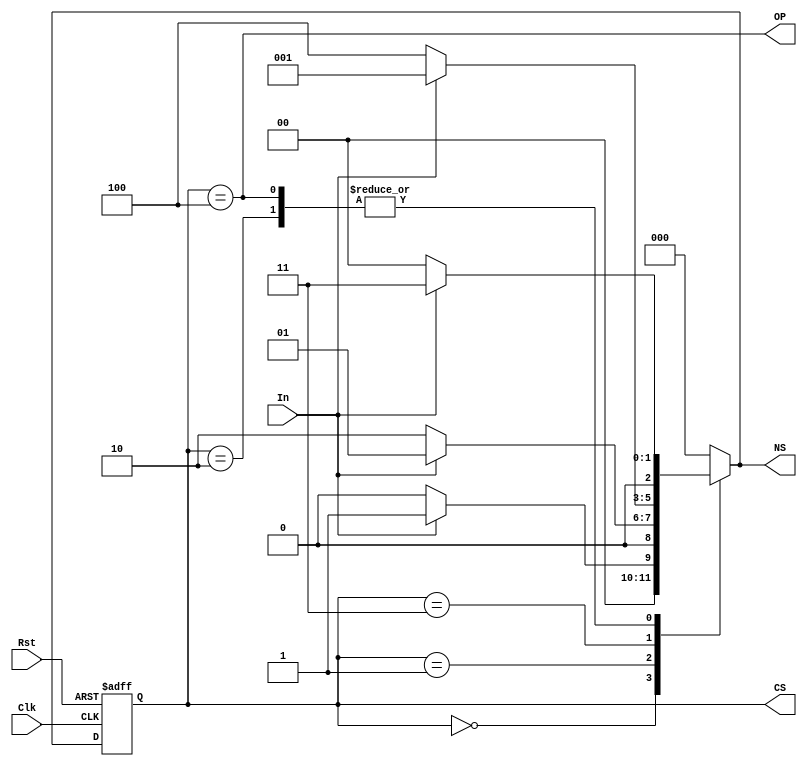
`timescale 1ns / 1ps
//////////////////////////////////////////////////////////////////////////////////

// ID           : N180116
// Branch       : ECE
// Project Name : IMPLEMENTATION OF FINITTE STATE MACHINES USING VERILOG
// Design Name  : SEQUENCE DETECTOR 1010 USING MOORE MACHINE(OVERLAPPING)
// Module Name  : moore_1010_seq_det_over
// RGUKT NUZVID 

//////////////////////////////////////////////////////////////////////////////////

module moore_1010_seq_det_over(Clk,Rst,In,OP,CS,NS);
input Clk,Rst,In; // Input signals
output OP;        // Output signal
output [2:0]CS,NS ; 


parameter s0    = 0 ,  // state registers
		  s1    = 1 , 
		  s10   = 2 ,
		  s101  = 3 ,
		  s1010 = 4 ;
		  
reg [2:0]C_State,N_State; // state declarations 

// State register 

always @(posedge Clk,negedge Rst) begin

	if(!Rst)
	begin
		C_State <= s0; 
	end
	
	else begin
		C_State <= N_State;
	end
end

// Next state logic

always @(C_State,In) begin

	case(C_State)
	
		s0    : N_State <= In ? s1 : s0 ;

		s1    : N_State <= In ? s1 : s10 ;

		s10   : N_State <= In ? s101 : s0 ;

		s101  : N_State <= In ? s1 : s1010 ;
		
		s1010 : N_State <= In ? s101 : s0 ;

		default : N_State <= s0;
		
	endcase
end

// Output logic

assign OP = (C_State == s1010);

//
assign CS = C_State ;
assign NS = N_State ;

endmodule